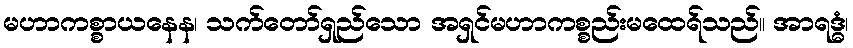
မဟာကစ္စာယနေန၊ သက်တော်ရှည်သော အရှင်မဟာကစ္စည်းမထေရ်သည်။ အာရဒ္ဓံ၊